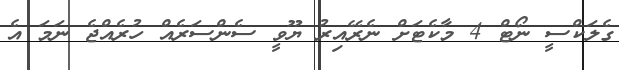
ގެލަކްސީ ނޯޓް 4 މާކެޓަށް ނެރޭއިރު ޔޫވީ ސެންސަރެއް ހުރެއްޖެ ނަމަ އެ